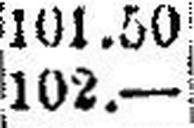
102.—